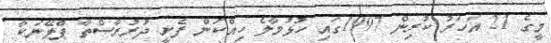
މީގެ 21 އަހަރު ކުރިން 1997ގައި ހުޅުމާލެ ހިއްކަން ފެށީ ދުރުރާސްތާ ޕްލޭނަކާ